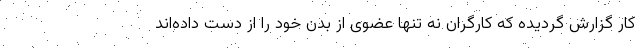
کار گزارش گردیده که کارگران نه تنها عضوی از بدن خود را از دست داده‌اند